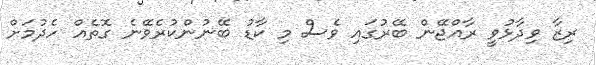
ރިޒާ ވިދާޅުވީ ރާއްޖޭން ބޭރުގައި ވެސް މި ކާޑު ބޭނުންކުރެވޭނެ ގޮތެއް ހެދުމަށް